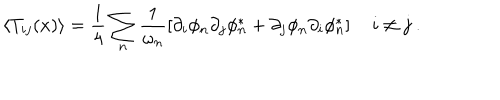
LaTeX: \left\langle T _ { i j } ( x ) \right\rangle = \frac { 1 } { 4 } \sum _ { n } \frac { 1 } { \omega _ { n } } \left[ \partial _ { i } \phi _ { n } \partial _ { j } \phi _ { n } ^ { * } + \partial _ { j } \phi _ { n } \partial _ { i } \phi _ { n } ^ { * } \right] \quad i \neq j \ .